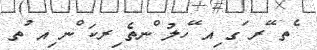
ެތ ޭރ ަގ ިއ ޭހލު ްނތެ ިރކަ ްނ ިއ ުތ